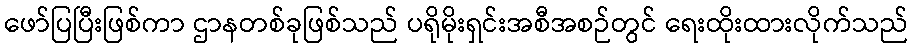
ဖော်ပြပြီးဖြစ်ကာ ဌာနတစ်ခုဖြစ်သည် ပရိုမိုးရှင်းအစီအစဉ်တွင် ရေးထိုးထားလိုက်သည်